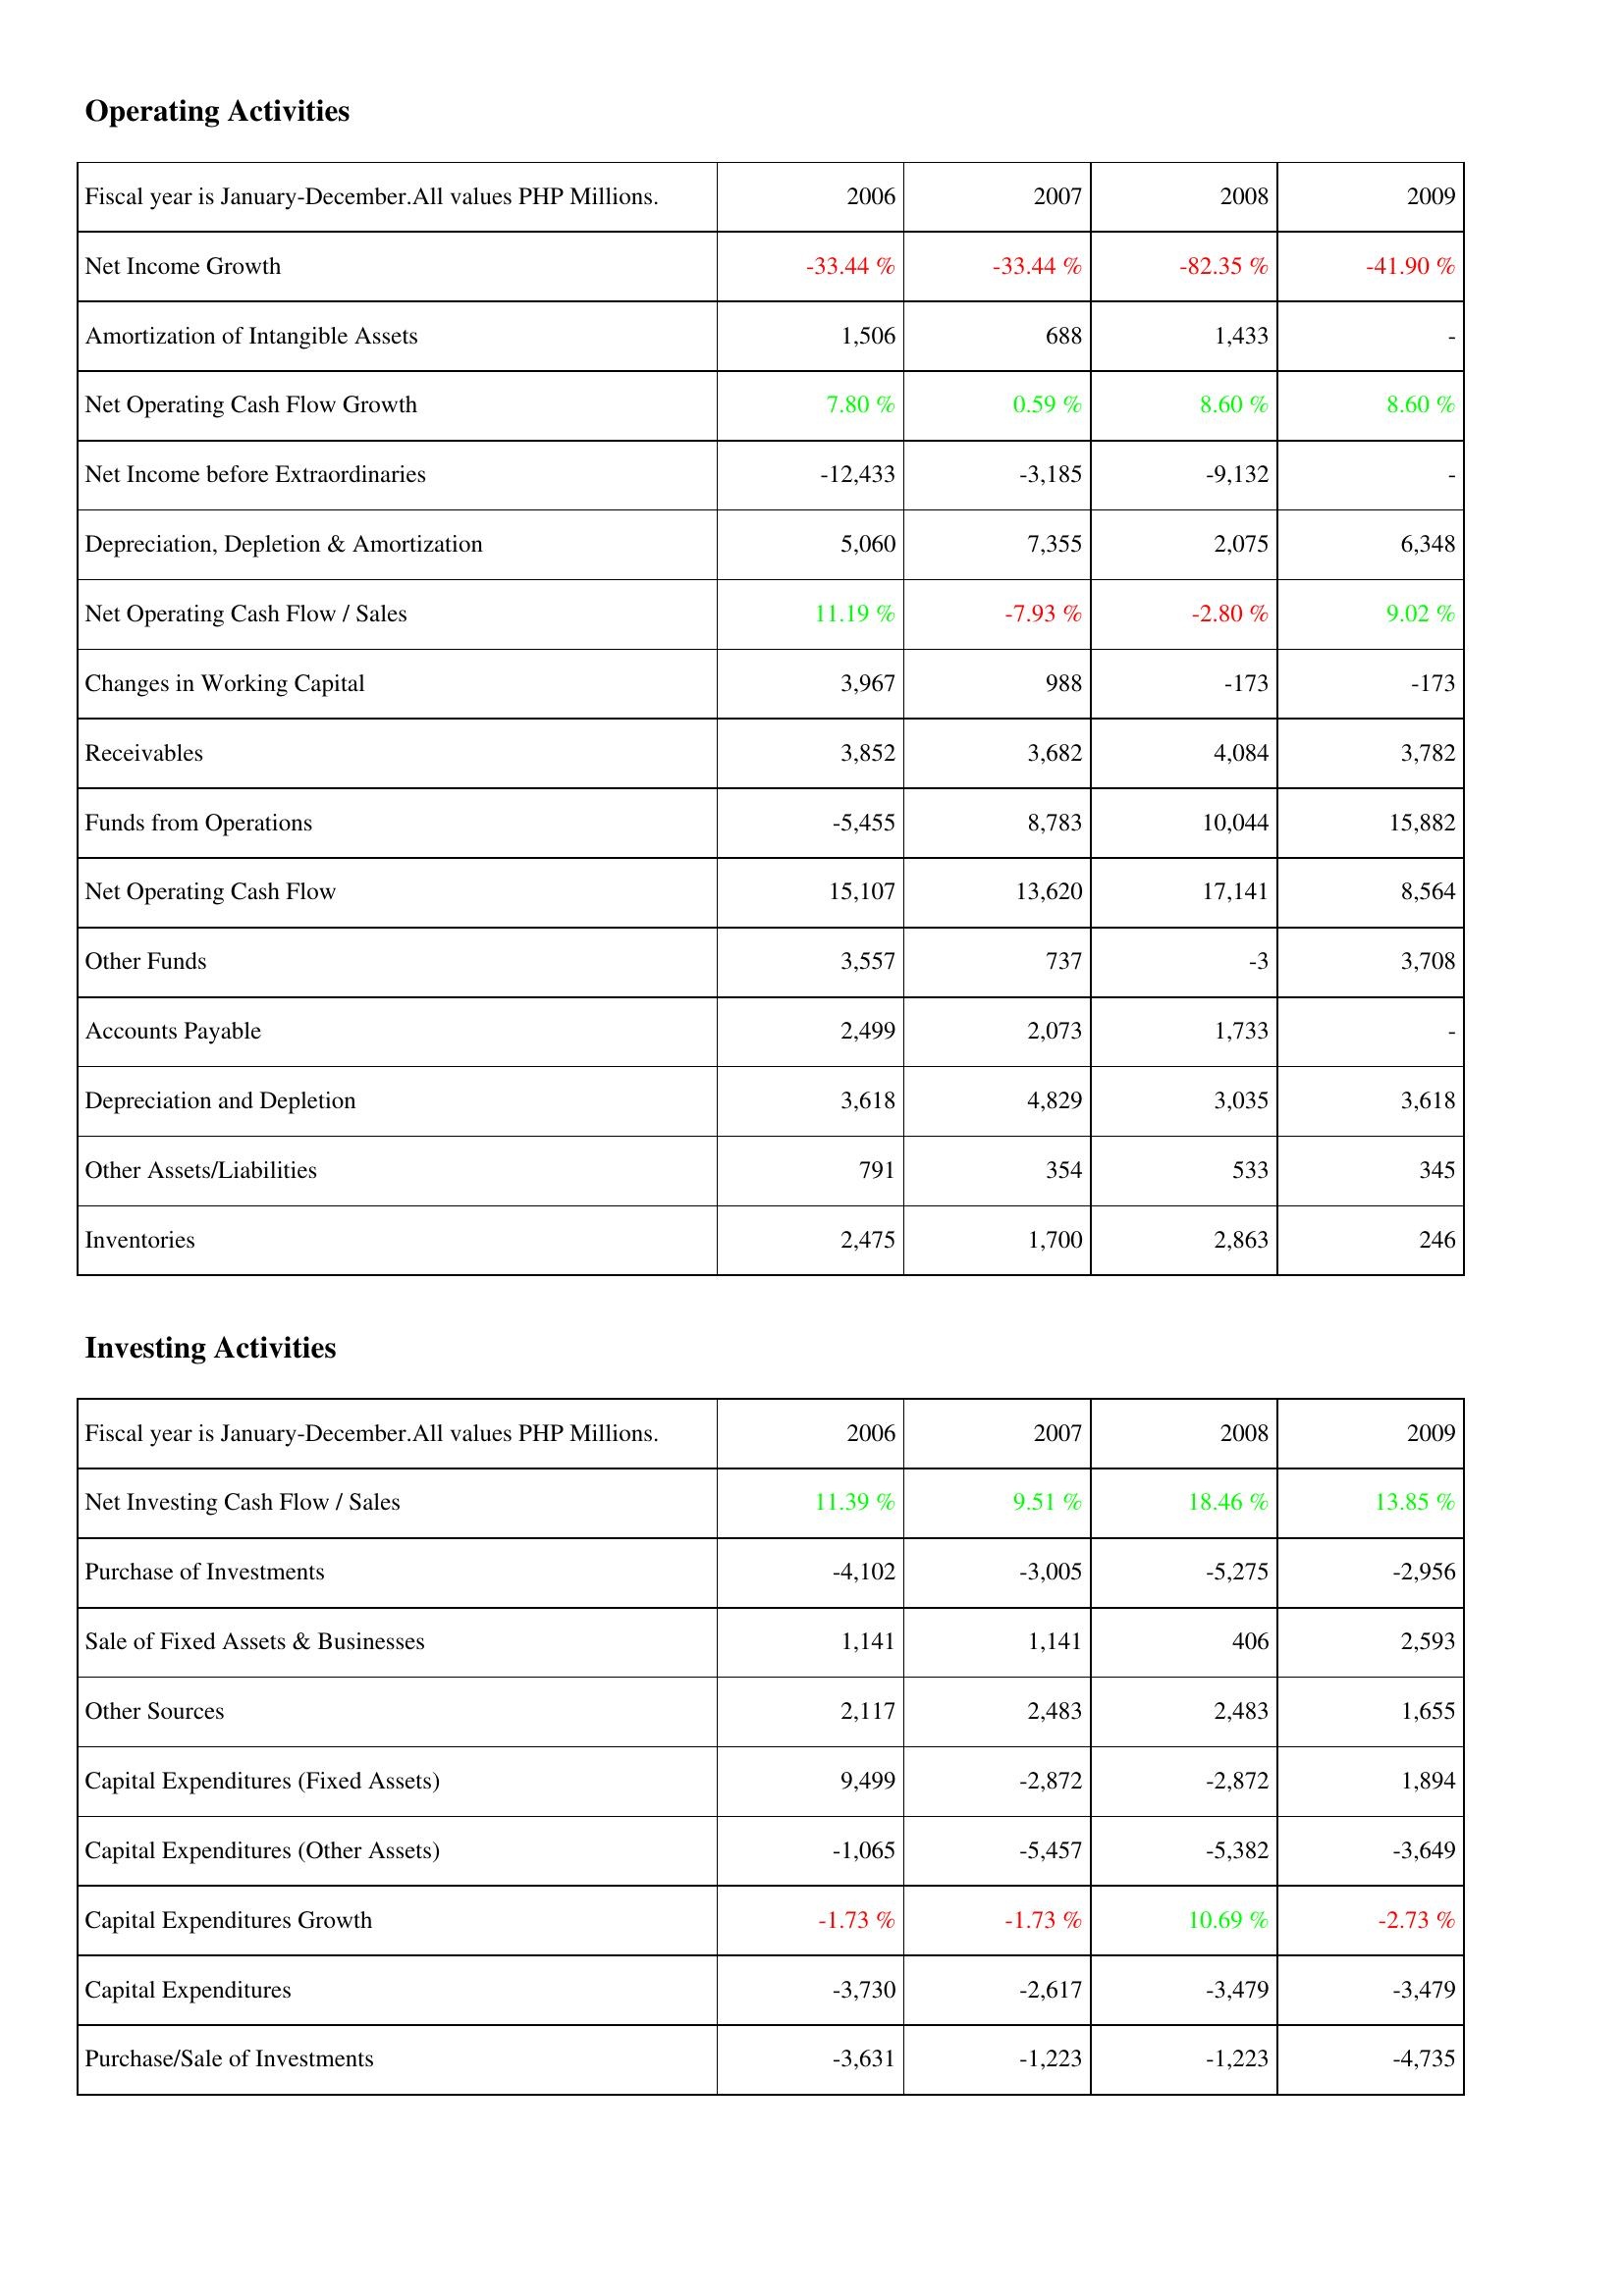
2006: Operating Activities: Net Income Growth: -33.44 %
Amortization of Intangible Assets: 1,506
Net Operating Cash Flow Growth: 7.80 %
Net Income before Extraordinaries: -12,433
Depreciation, Depletion & Amortization: 5,060
Net Operating Cash Flow / Sales: 11.19 %
Changes in Working Capital: 3,967
Receivables: 3,852
Funds from Operations: -5,455
Net Operating Cash Flow: 15,107
Other Funds: 3,557
Accounts Payable: 2,499
Depreciation and Depletion: 3,618
Other Assets/Liabilities: 791
Inventories: 2,475
Investing Activities: Net Investing Cash Flow / Sales: 11.39 %
Purchase of Investments: -4,102
Sale of Fixed Assets & Businesses: 1,141
Other Sources: 2,117
Capital Expenditures (Fixed Assets): 9,499
Capital Expenditures (Other Assets): -1,065
Capital Expenditures Growth: -1.73 %
Capital Expenditures: -3,730
Purchase/Sale of Investments: -3,631
2007: Operating Activities: Net Income Growth: -33.44 %
Amortization of Intangible Assets: 688
Net Operating Cash Flow Growth: 0.59 %
Net Income before Extraordinaries: -3,185
Depreciation, Depletion & Amortization: 7,355
Net Operating Cash Flow / Sales: -7.93 %
Changes in Working Capital: 988
Receivables: 3,682
Funds from Operations: 8,783
Net Operating Cash Flow: 13,620
Other Funds: 737
Accounts Payable: 2,073
Depreciation and Depletion: 4,829
Other Assets/Liabilities: 354
Inventories: 1,700
Investing Activities: Net Investing Cash Flow / Sales: 9.51 %
Purchase of Investments: -3,005
Sale of Fixed Assets & Businesses: 1,141
Other Sources: 2,483
Capital Expenditures (Fixed Assets): -2,872
Capital Expenditures (Other Assets): -5,457
Capital Expenditures Growth: -1.73 %
Capital Expenditures: -2,617
Purchase/Sale of Investments: -1,223
2008: Operating Activities: Net Income Growth: -82.35 %
Amortization of Intangible Assets: 1,433
Net Operating Cash Flow Growth: 8.60 %
Net Income before Extraordinaries: -9,132
Depreciation, Depletion & Amortization: 2,075
Net Operating Cash Flow / Sales: -2.80 %
Changes in Working Capital: -173
Receivables: 4,084
Funds from Operations: 10,044
Net Operating Cash Flow: 17,141
Other Funds: -3
Accounts Payable: 1,733
Depreciation and Depletion: 3,035
Other Assets/Liabilities: 533
Inventories: 2,863
Investing Activities: Net Investing Cash Flow / Sales: 18.46 %
Purchase of Investments: -5,275
Sale of Fixed Assets & Businesses: 406
Other Sources: 2,483
Capital Expenditures (Fixed Assets): -2,872
Capital Expenditures (Other Assets): -5,382
Capital Expenditures Growth: 10.69 %
Capital Expenditures: -3,479
Purchase/Sale of Investments: -1,223
2009: Operating Activities: Net Income Growth: -41.90 %
Amortization of Intangible Assets: -
Net Operating Cash Flow Growth: 8.60 %
Net Income before Extraordinaries: -
Depreciation, Depletion & Amortization: 6,348
Net Operating Cash Flow / Sales: 9.02 %
Changes in Working Capital: -173
Receivables: 3,782
Funds from Operations: 15,882
Net Operating Cash Flow: 8,564
Other Funds: 3,708
Accounts Payable: -
Depreciation and Depletion: 3,618
Other Assets/Liabilities: 345
Inventories: 246
Investing Activities: Net Investing Cash Flow / Sales: 13.85 %
Purchase of Investments: -2,956
Sale of Fixed Assets & Businesses: 2,593
Other Sources: 1,655
Capital Expenditures (Fixed Assets): 1,894
Capital Expenditures (Other Assets): -3,649
Capital Expenditures Growth: -2.73 %
Capital Expenditures: -3,479
Purchase/Sale of Investments: -4,735